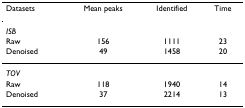
<table><thead><tr><td><b>Datasets</b></td><td><b>Mean peaks</b></td><td><b>Identified</b></td><td><b>Time</b></td></tr></thead><tbody><tr><td><i>ISB</i></td><td></td><td></td><td></td></tr><tr><td>Raw</td><td>156</td><td>1111</td><td>23</td></tr><tr><td>Denoised</td><td>49</td><td>1458</td><td>20</td></tr><tr><td><i>TOV</i></td><td></td><td></td><td></td></tr><tr><td>Raw</td><td>118</td><td>1940</td><td>14</td></tr><tr><td>Denoised</td><td>37</td><td>2214</td><td>13</td></tr></tbody></table>